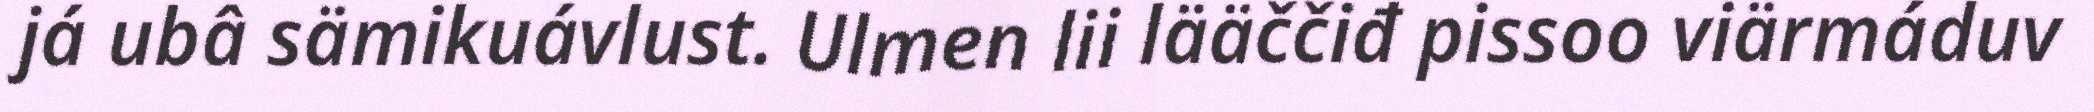
já ubâ sämikuávlust. Ulmen lii lääččiđ pissoo viärmáduv